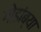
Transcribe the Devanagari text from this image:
गोडांब्या